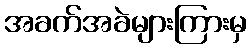
အခက်အခဲများကြားမှ